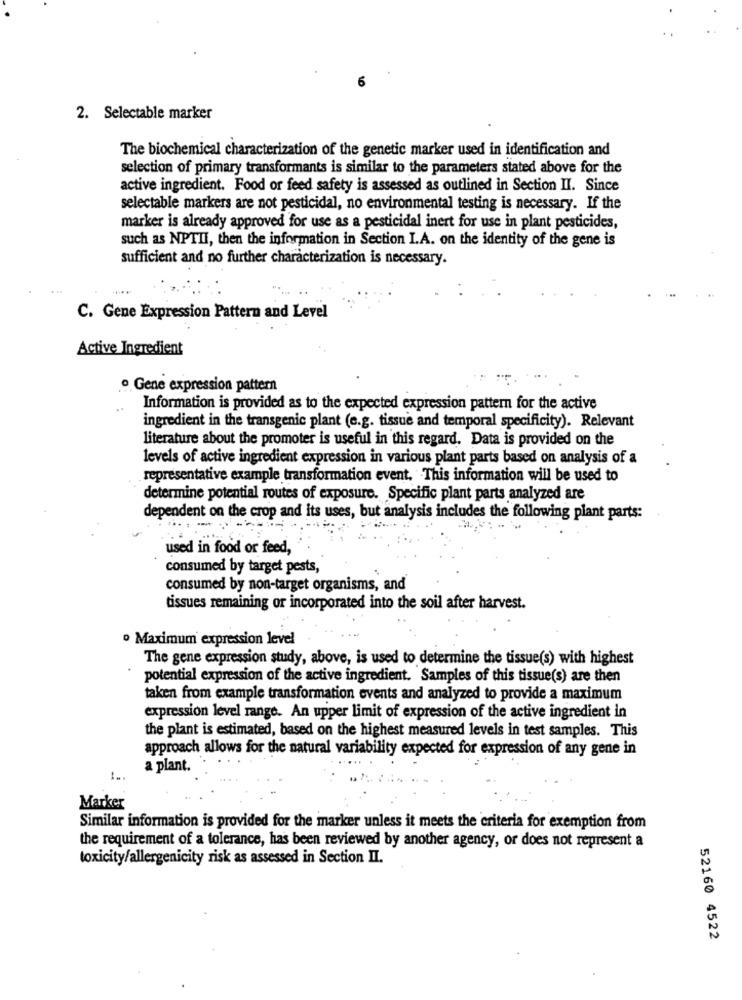
2. Selectable marker
The biochemical characterization of the genetic marker used in identification and
selection of primary transformants is similar to the parameters stated above for the
active ingredient. Food or feed safety is assessed as outlined in Section II. Since
selectable markers are not pesticidal, no environmental testing is necessary. If the
marker is already approved for use as a pesticidal inert for use in plant pesticides,
such as NPTII, then the information in Section I.A. on the identity of the gene is
sufficient and no further characterization is necessary.
C. Gene Expression Pattern and Level
Active Ingredient
· Gene expression pattern
Information is provided as to the expected expression pattern for the active
ingredient in the transgenic plant (e.g. tissue and temporal specificity). Relevant
literature about the promoter is useful in this regard. Data is provided on the
levels of active ingredient expression in various plant parts based on analysis of a
representative example transformation event. This information will be used to
determine potential routes of exposure. Specific plant parts analyzed are
dependent on the crop and its uses, but analysis includes the following plant parts:
used in food or feed,
consumed by target pests,
consumed by non-target organisms, and
tissues remaining or incorporated into the soil after harvest.
o Maximum expression level
The gene expression study, above, is used to determine the tissue(s) with highest
potential expression of the active ingredient. Samples of this tissue(s) are then
taken from example transformation events and analyzed to provide a maximum
expression level range. An upper limit of expression of the active ingredient in
the plant is estimated, based on the highest measured levels in test samples. This
approach allows for the natural variability expected for expression of any gene in
a plant.
Marker
Similar information is provided for the marker unless it meets the criteria for exemption from
the requirement of a tolerance, has been reviewed by another agency, or does not represent a
toxicity/allergenicity risk as assessed in Section II.
52160 4522